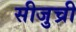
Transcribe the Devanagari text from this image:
सीजुच्री